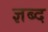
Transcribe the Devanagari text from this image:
ज्ञब्द